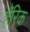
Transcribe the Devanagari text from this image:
हॅरिक